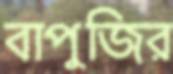
বাপুজির